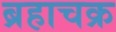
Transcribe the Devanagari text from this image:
ब्रहाचक्र